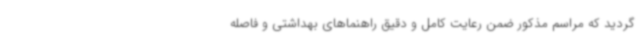
گردید که مراسم مذکور ضمن رعایت کامل و دقیق راهنماهای بهداشتی و فاصله